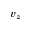
v _ { z }